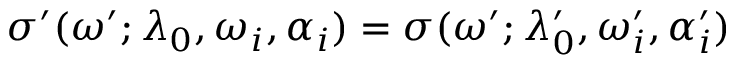
\sigma ^ { \prime } ( \omega ^ { \prime } ; \lambda _ { 0 } , \omega _ { i } , \alpha _ { i } ) = \sigma ( \omega ^ { \prime } ; \lambda _ { 0 } ^ { \prime } , \omega _ { i } ^ { \prime } , \alpha _ { i } ^ { \prime } )